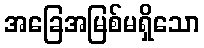
အခြေအမြစ်မရှိသော